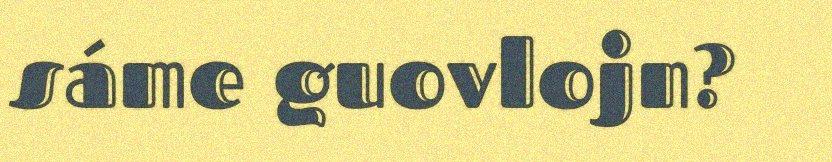
sáme guovlojn?